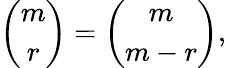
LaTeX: \left(\begin{array}{c}{{m}}\\ {{r}}\end{array}\right)=\left(\begin{array}{c}{{m}}\\ {{m-r}}\end{array}\right),